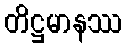
တိဋ္ဌမာနဿ